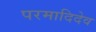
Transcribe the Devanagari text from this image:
परमादिदेव